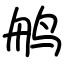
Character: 鸼